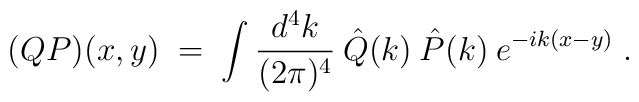
(QP)(x,y) \;=\; \int \frac{d^4k}{(2 \pi)^4} \:\hat{Q}(k)\:    \hat{P}(k) \:e^{-ik(x-y)} \;.